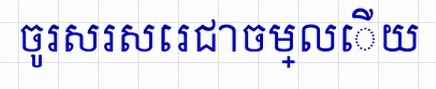
ចូរសរសេរជាចម្លើយ